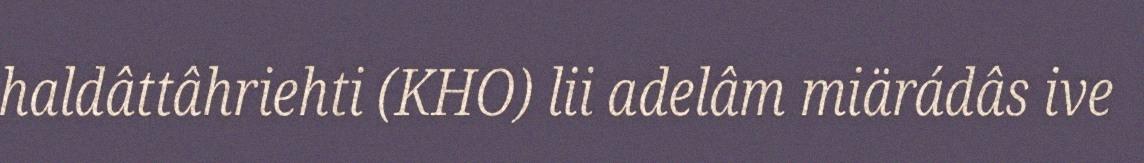
haldâttâhriehti (KHO) lii adelâm miärádâs ive